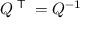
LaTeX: Q ^ { \textsf { T } } = Q ^ { - 1 }